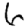
Digit: 6